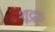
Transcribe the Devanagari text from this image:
शूद्राः